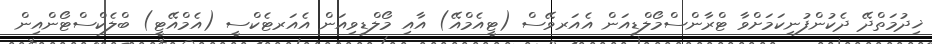
ޚިދުމަތްދޭ ދެކުންފުނިކަމަށްވާ ޓްރާންސްމޯލްޑިއަން އެއަރވޭސް (ޓީއެމްއޭ) އާއި މޯލްޑިވިއަން އެއަރޓެކްސީ (އެމްއޭޓީ) ބްލެކްސްޓޯންއިން